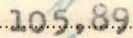
105,89